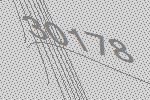
30178